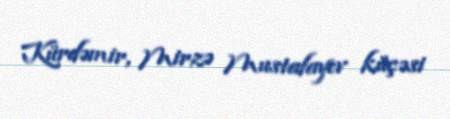
Kürdəmir, Mirzə Mustafayev küçəsi